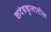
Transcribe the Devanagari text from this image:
कदंबकुलातील